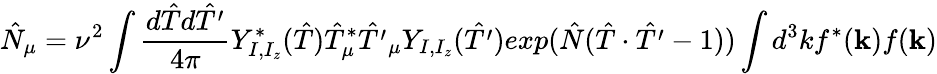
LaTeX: \hat{N}_{\mu}=\nu^{2}\int\frac{d\hat{T}d\hat{T^{\prime}}}{4\pi}Y_{I,I_{z}}^{\ast}(\hat{T})\hat{T}_{\mu}^{\ast}\hat{T^{\prime}}_{\mu}Y_{I,I_{z}}(\hat{T^{\prime}})exp(\hat{N}(\hat{T}\cdot\hat{T^{\prime}}-1))\int d^{3}kf^{\ast}({\mathbf k})f({\mathbf k})